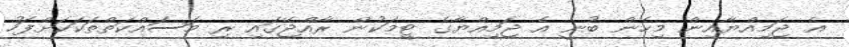
އެ ޖަމިއްޔާއިން މިހެން ބުނީ އެ ޖަމިއްޔާގެ ޓީމަކުން ރާއްޖޭގައި ރި މަސައްކަތްތަކަކަށްފަހު